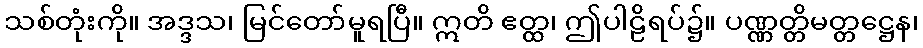
သစ်တုံးကို။ အဒ္ဒသ၊ မြင်တော်မူရပြီ။ ဣတိ ဧတ္ထ၊ ဤပါဠိရပ်၌။ ပဏ္ဏတ္တိမတ္တဋ္ဌေန၊